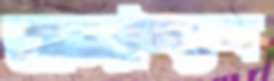
মহাব্যব